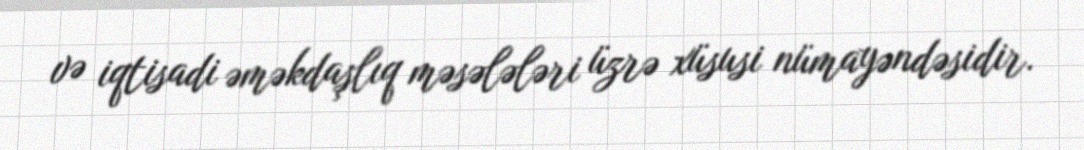
və iqtisadi əməkdaşlıq məsələləri üzrə xüsusi nümayəndəsidir.